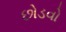
છોડવો